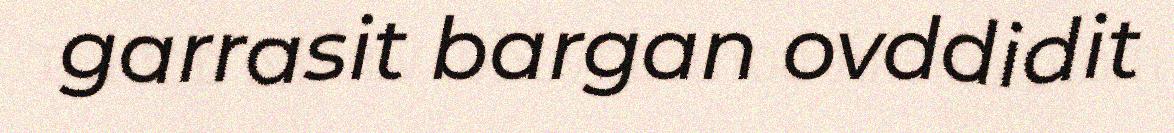
garrasit bargan ovddidit